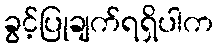
ခွင့်ပြုချက်ရရှိပါက